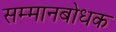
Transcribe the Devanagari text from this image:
सम्मानबोधक